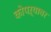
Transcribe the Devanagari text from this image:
कोपऱ्यावर